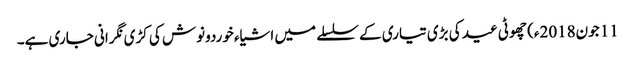
11 جون2018ء) چھوٹی عید کی بڑی تیاری کے سلسلے میں اشیاء خوردونوش کی کڑی نگرانی جاری ہے۔